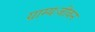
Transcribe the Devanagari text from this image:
ग्राम्यःजीवन